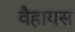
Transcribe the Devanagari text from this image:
वैहायस